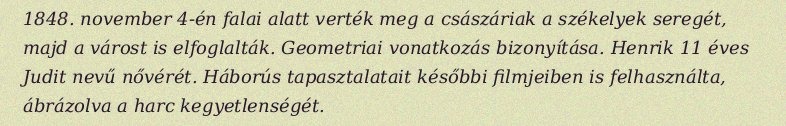
1848. november 4-én falai alatt verték meg a császáriak a székelyek seregét, majd a várost is elfoglalták. Geometriai vonatkozás bizonyítása. Henrik 11 éves Judit nevű nővérét. Háborús tapasztalatait későbbi filmjeiben is felhasználta, ábrázolva a harc kegyetlenségét.